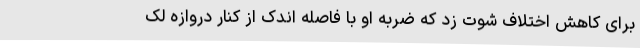
برای کاهش اختلاف شوت زد که ضربه او با فاصله اندک از کنار دروازه لک